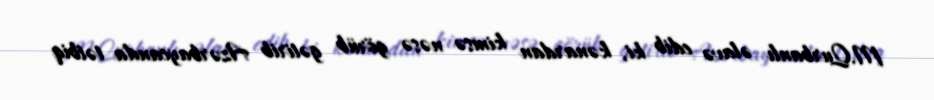
M.Qurbanlı əlavə edib ki, kənardan kimsə nəsə görüb gətirib Azərbaycanda tətbiq